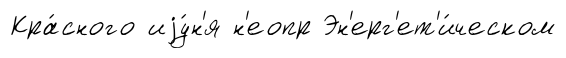
Кра́сного иjу́н'я н'еопр Эн'ерг'ет'и́ческом